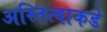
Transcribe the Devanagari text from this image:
अस्तित्वाकडे